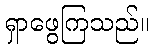
ရှာဖွေကြသည်။